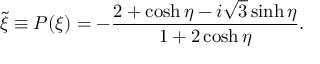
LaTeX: \tilde { \xi } \equiv P ( \xi ) = - \frac { 2 + \cosh \eta - i \sqrt { 3 } \sinh \eta } { 1 + 2 \cosh \eta } .